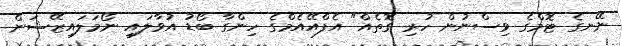
ނޭނގެ ޓޮމްގެ ވިސްނުން ހުރި ގޮތެއް" އެފްއޭއެމްގެ ހިންގާ ބޯޑު އުވާލައި ނޯމަލައިޒޭޝަން